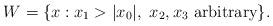
LaTeX: \begin{align*}W = \{ x : x_1 > |x_0|, \ x_2, x_3 \ \mbox{arbitrary} \}.\end{align*}